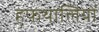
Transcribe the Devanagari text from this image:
हफथालियों